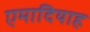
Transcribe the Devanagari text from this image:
एमादियाह